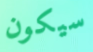
سيكون